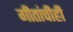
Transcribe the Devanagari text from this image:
गीतांचीही